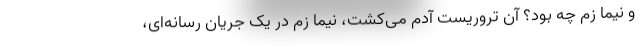
و نیما زم چه بود؟ آن تروریست آدم می‌کشت، نیما زم در یک جریان رسانه‌ای،